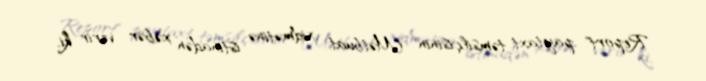
Report" paytaxt təmsilçisinin Mətbuat xidmətinə istinadən xəbər verir ki,